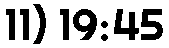
11) 19:45